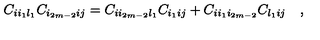
C _ { i i _ { 1 } l _ { 1 } } C _ { i _ { 2 m - 2 } i j } = C _ { i i _ { 2 m - 2 } l _ { 1 } } C _ { i _ { 1 } i j } + C _ { i i _ { 1 } i _ { 2 m - 2 } } C _ { l _ { 1 } i j } \quad ,